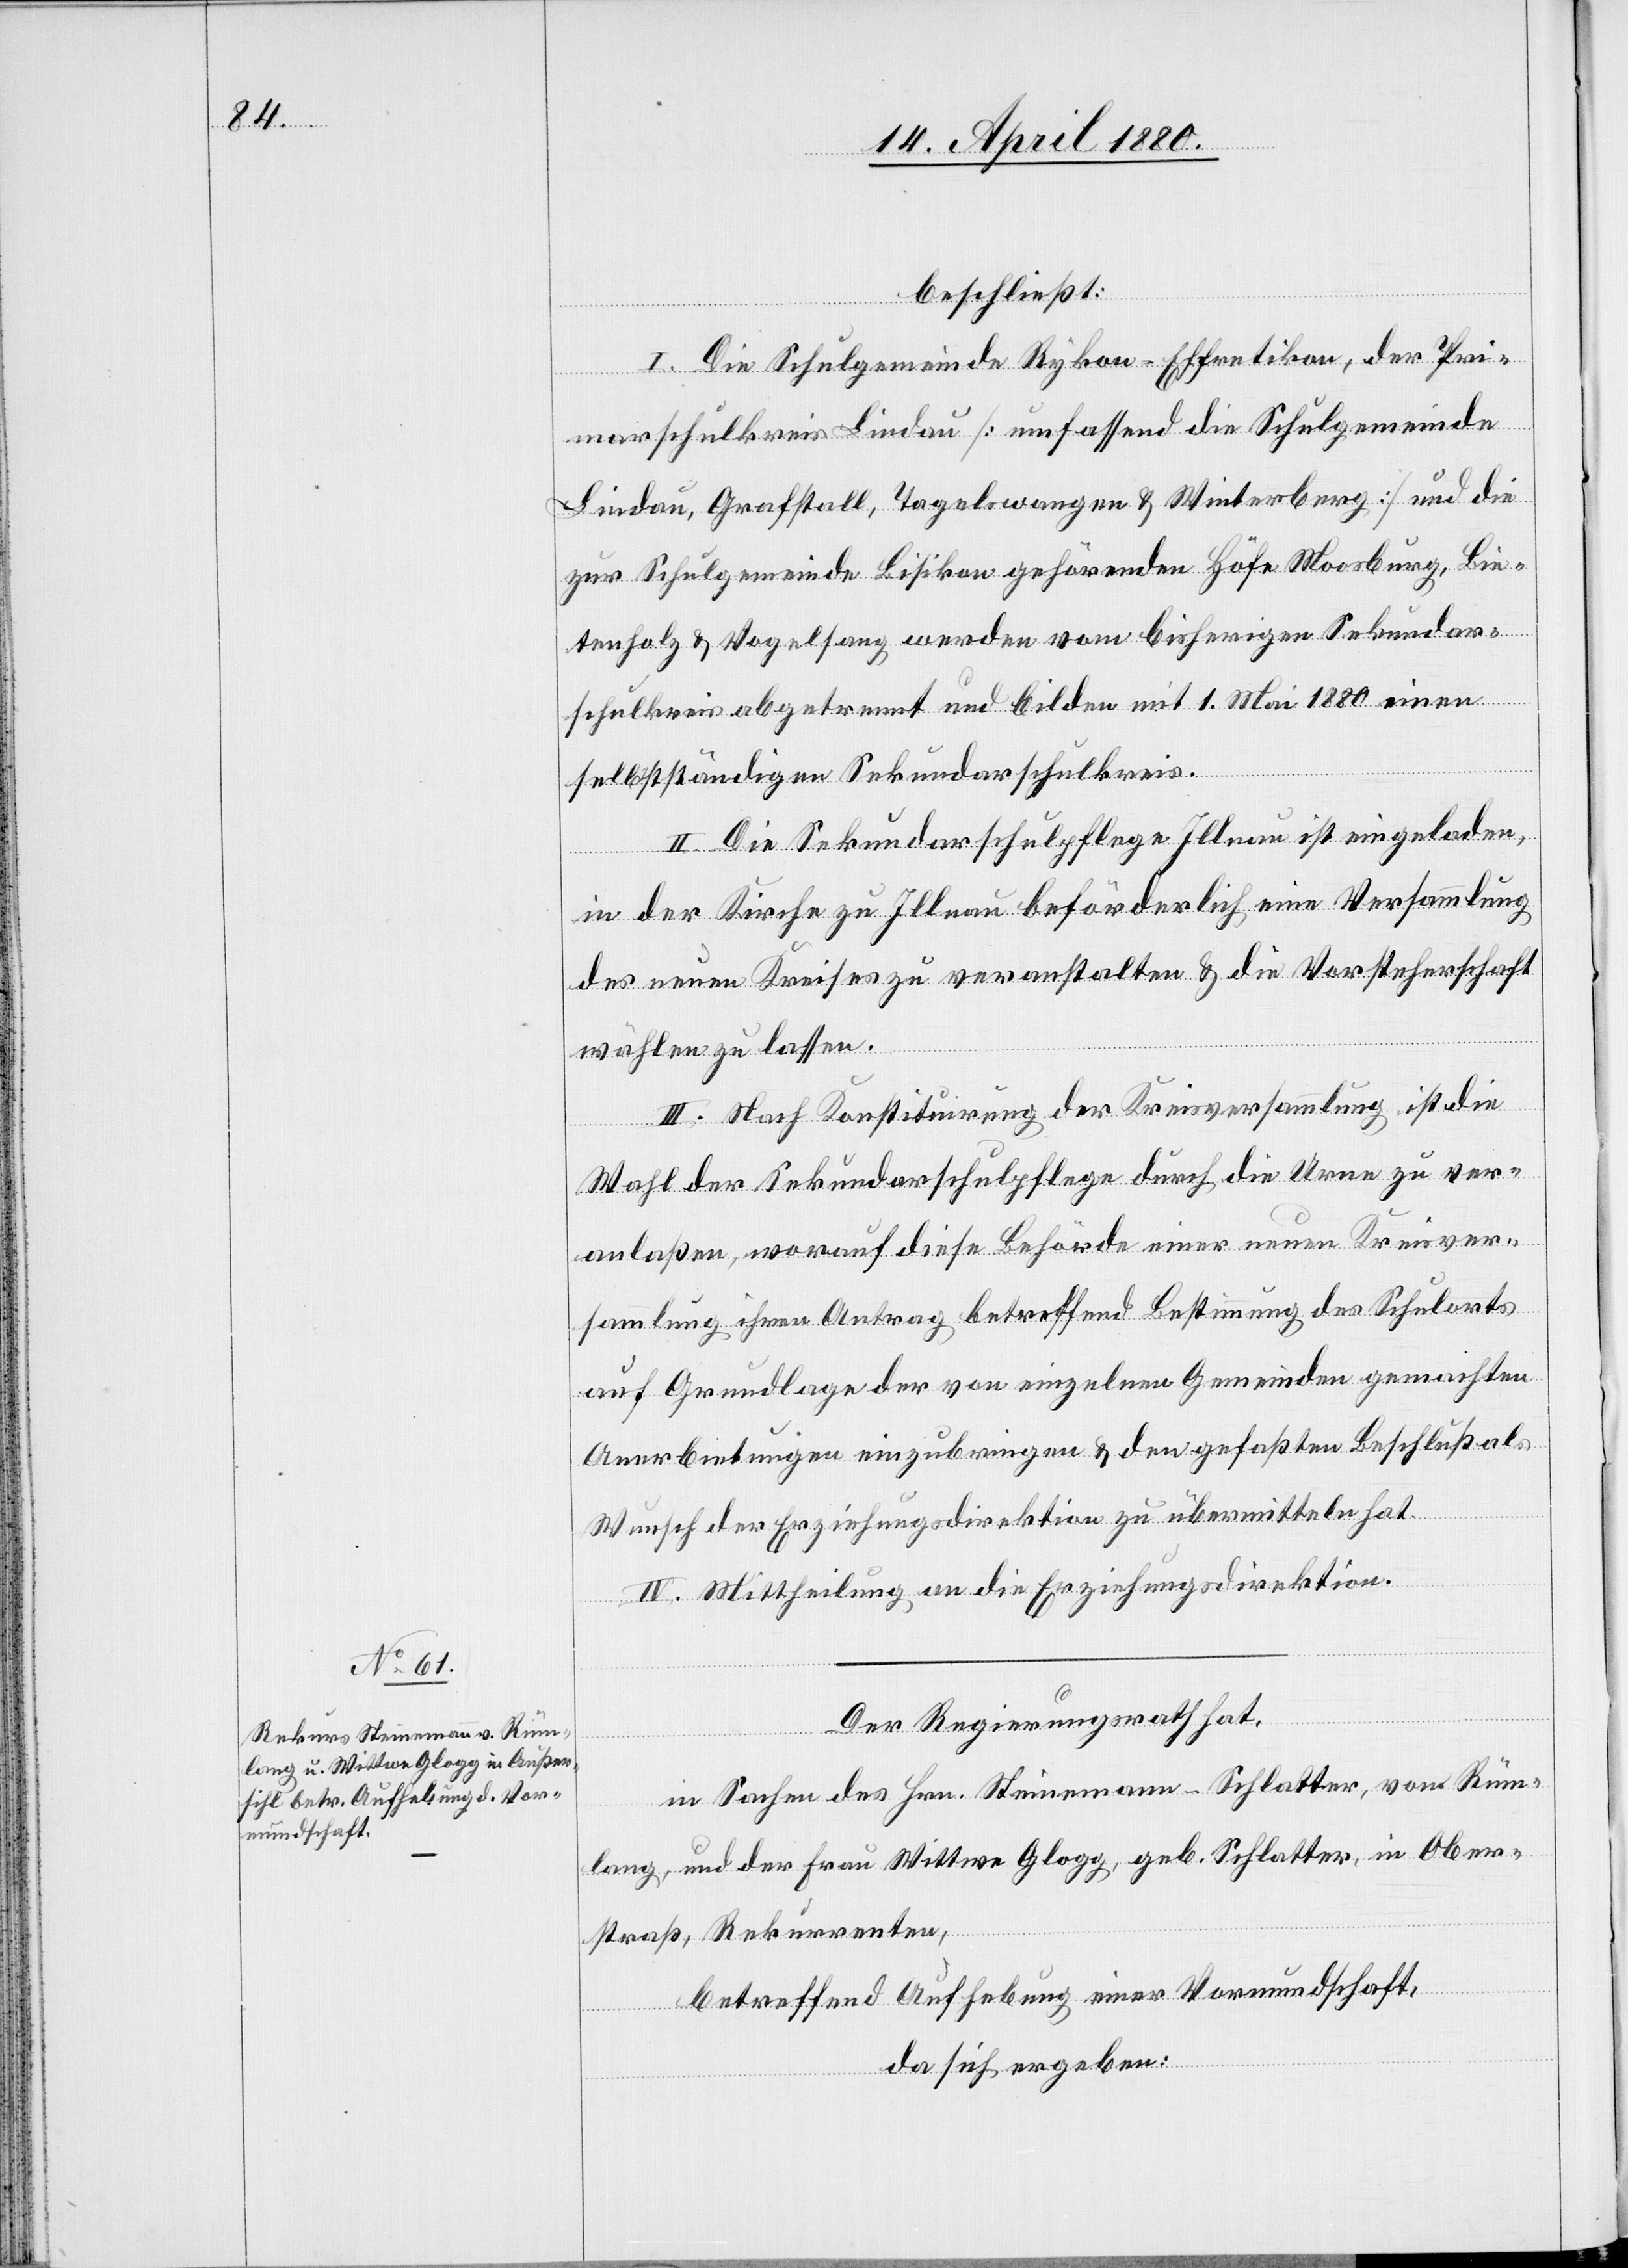
beschließt:
I. Die Schulgemeinde Rykon-Effretikon, der Pri¬
marschulkreis Lindau [umfassend die Schulgemeinde
Lindau, Grafstall, Tagelswangen & Winterberg] und die
zur Schulgemeinde Bisikon gehörenden Höfe Moosburg, Bie¬
tenholz & Vogelsang werden vom bisherigen Sekundar¬
schulkreis abgetrennt und bilden mit 1. Mai 1880 einen
selbstständigen Sekundarschulkreis.
II. Die Sekundarschulpflege Illnau ist eingeladen,
in der Kirche zu Illnau beförderlich eine Versammlung
des neuen Kreises zu veranstalten & die Vorsteherschaft
wählen zu lassen.
III. Nach Konstituirung der Kreisversammlung ist die
Wahl der Sekundarschulpflege durch die Urne zu ver¬
anlaßen, worauf diese Behörde einer neuen Kreisver¬
sammlung ihren Antrag betreffend Bestimmung des Schulorts
auf Grundlage der von einzelnen Gemeinden gemachten
Anerbietungen einzubringen & den gefaßten Beschluß als
Wunsch der Erziehungsdirektion zu übermitteln hat.
IV. Mittheilung an die Erziehungsdirektion.
Der Regierungsrath hat,
in Sachen des Hrn. Steinemann-Schlatter, von Rüm¬
lang, und der Frau Wittwe Glogg, geb. Schlatter, in Ober¬
straß, Rekurrenten,
betreffend Aufhebung einer Vormundschaft,
da sich ergeben: